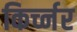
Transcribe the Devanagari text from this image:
किर्च्नर